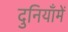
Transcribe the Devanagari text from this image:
दुनियाँमें